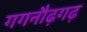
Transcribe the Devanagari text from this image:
गगनौढ़गढ़